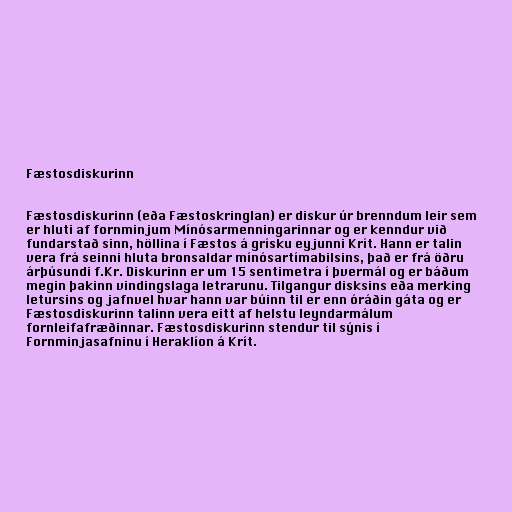
Fæstosdiskurinn

Fæstosdiskurinn (eða Fæstoskringlan) er diskur úr brenndum leir sem
er hluti af fornminjum Mínósarmenningarinnar og er kenndur við
fundarstað sinn, höllina í Fæstos á grísku eyjunni Krít. Hann er talin
vera frá seinni hluta bronsaldar mínósartímabilsins, það er frá öðru
árþúsundi f.Kr. Diskurinn er um 15 sentimetra í þvermál og er báðum
megin þakinn vindingslaga letrarunu. Tilgangur disksins eða merking
letursins og jafnvel hvar hann var búinn til er enn óráðin gáta og er
Fæstosdiskurinn talinn vera eitt af helstu leyndarmálum
fornleifafræðinnar. Fæstosdiskurinn stendur til sýnis í
Fornminjasafninu í Heraklíon á Krít.